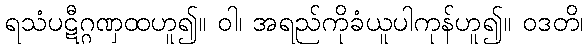
ရသံပဋီဂ္ဂဏှထဟူ၍။ ဝါ၊ အရည်ကိုခံယူပါကုန်ဟူ၍။ ဝဒတိ၊